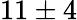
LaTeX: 11\pm 4